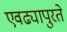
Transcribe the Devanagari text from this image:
एवढ्यापुरते